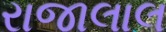
રાજાલાલ